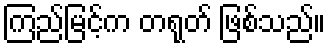
ကြည်မြင့်က တရုတ် ဖြစ်သည်။